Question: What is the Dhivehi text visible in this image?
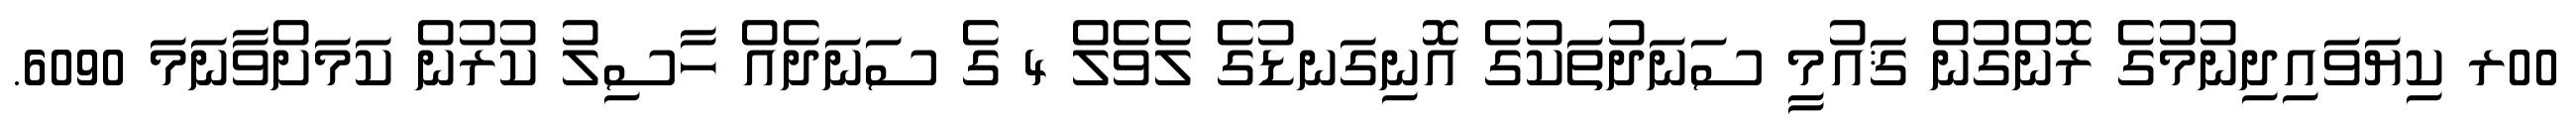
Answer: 00ރ ކިޔަވައިދިނުމުގެ ރޮންގުން ޤައުމީ ސަނަދުތަކުގެ އޮނިގަނޑުގެ ލެވެލް 4 ގެ ސަނަދެއް ހާސިލު ކުރުން ކަމަށްވާނަމަ 6090.